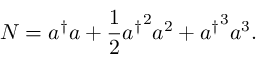
N = a ^ { \dagger } a + \frac { 1 } { 2 } { a ^ { \dagger } } ^ { 2 } a ^ { 2 } + { a ^ { \dagger } } ^ { 3 } a ^ { 3 } .